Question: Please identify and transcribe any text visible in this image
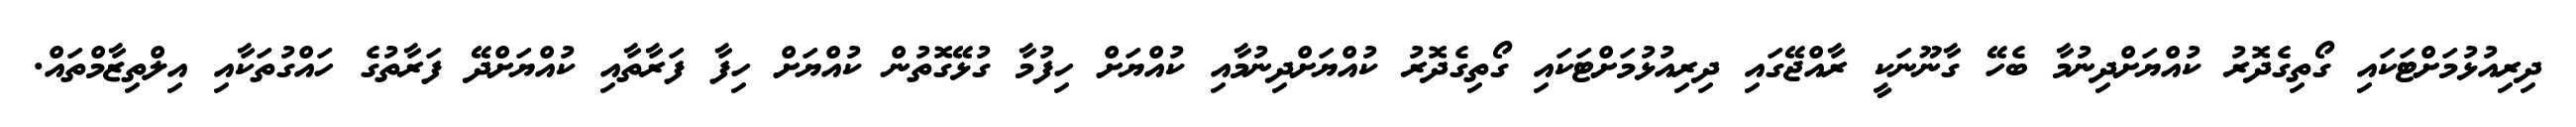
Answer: ދިރިއުޅުމަށްޓަކައި ގޯތިގެދޮރު ކުއްޔަށްދިނުމާ ބެހޭ ގާނޫނަކީ ރާއްޖޭގައި ދިރިއުޅުމަށްޓަކައި ގޯތިގެދޮރު ކުއްޔަށްދިނުމާއި ކުއްޔަށް ހިފުމާ ގުޅޭގޮތުން ކުއްޔަށް ހިފާ ފަރާތާއި ކުއްޔަށްދޭ ފަރާތުގެ ހައްގުތަކާއި އިލްތިޒާމްތައް.